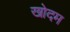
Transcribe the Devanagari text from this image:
खोदम